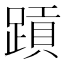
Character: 𬧄